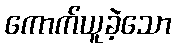
ကောက်ယူခဲ့သော